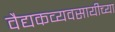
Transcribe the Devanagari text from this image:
वैद्यकव्यवसायीच्या